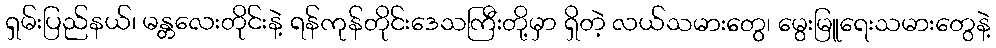
ရှမ်းပြည်နယ်၊ မန္တလေးတိုင်းနဲ့ ရန်ကုန်တိုင်းဒေသကြီးတို့မှာ ရှိတဲ့ လယ်သမားတွေ၊ မွေးမြူရေးသမားတွေနဲ့